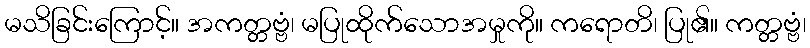
မသိခြင်းကြောင့်။ အကတ္တဗ္ဗံ၊ မပြုထိုက်သောအမှုကို။ ကရောတိ၊ ပြု၏။ ကတ္တဗ္ဗံ၊